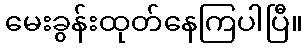
မေးခွန်းထုတ်နေကြပါပြီ။